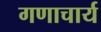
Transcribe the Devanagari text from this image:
गणाचार्य